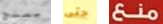
يمنح حتى منع